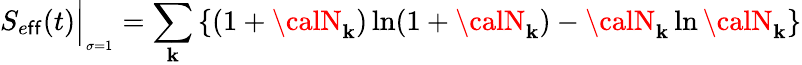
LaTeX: S_{e\mathsf{f}\mathsf{f}}(t)\Big\vert_{_{\sigma=1}}=\sum_{\mathbf{k}}\left\{ (1+{\calN}_{\mathbf{k}})\ln(1+{\calN}_{\mathbf{k}})-{\calN}_{\mathbf{k}}\ln{\calN}_{\mathbf{k}}\right\}